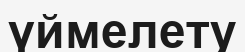
үймелету